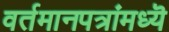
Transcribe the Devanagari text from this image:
वर्तमानपत्रांमध्यॆ